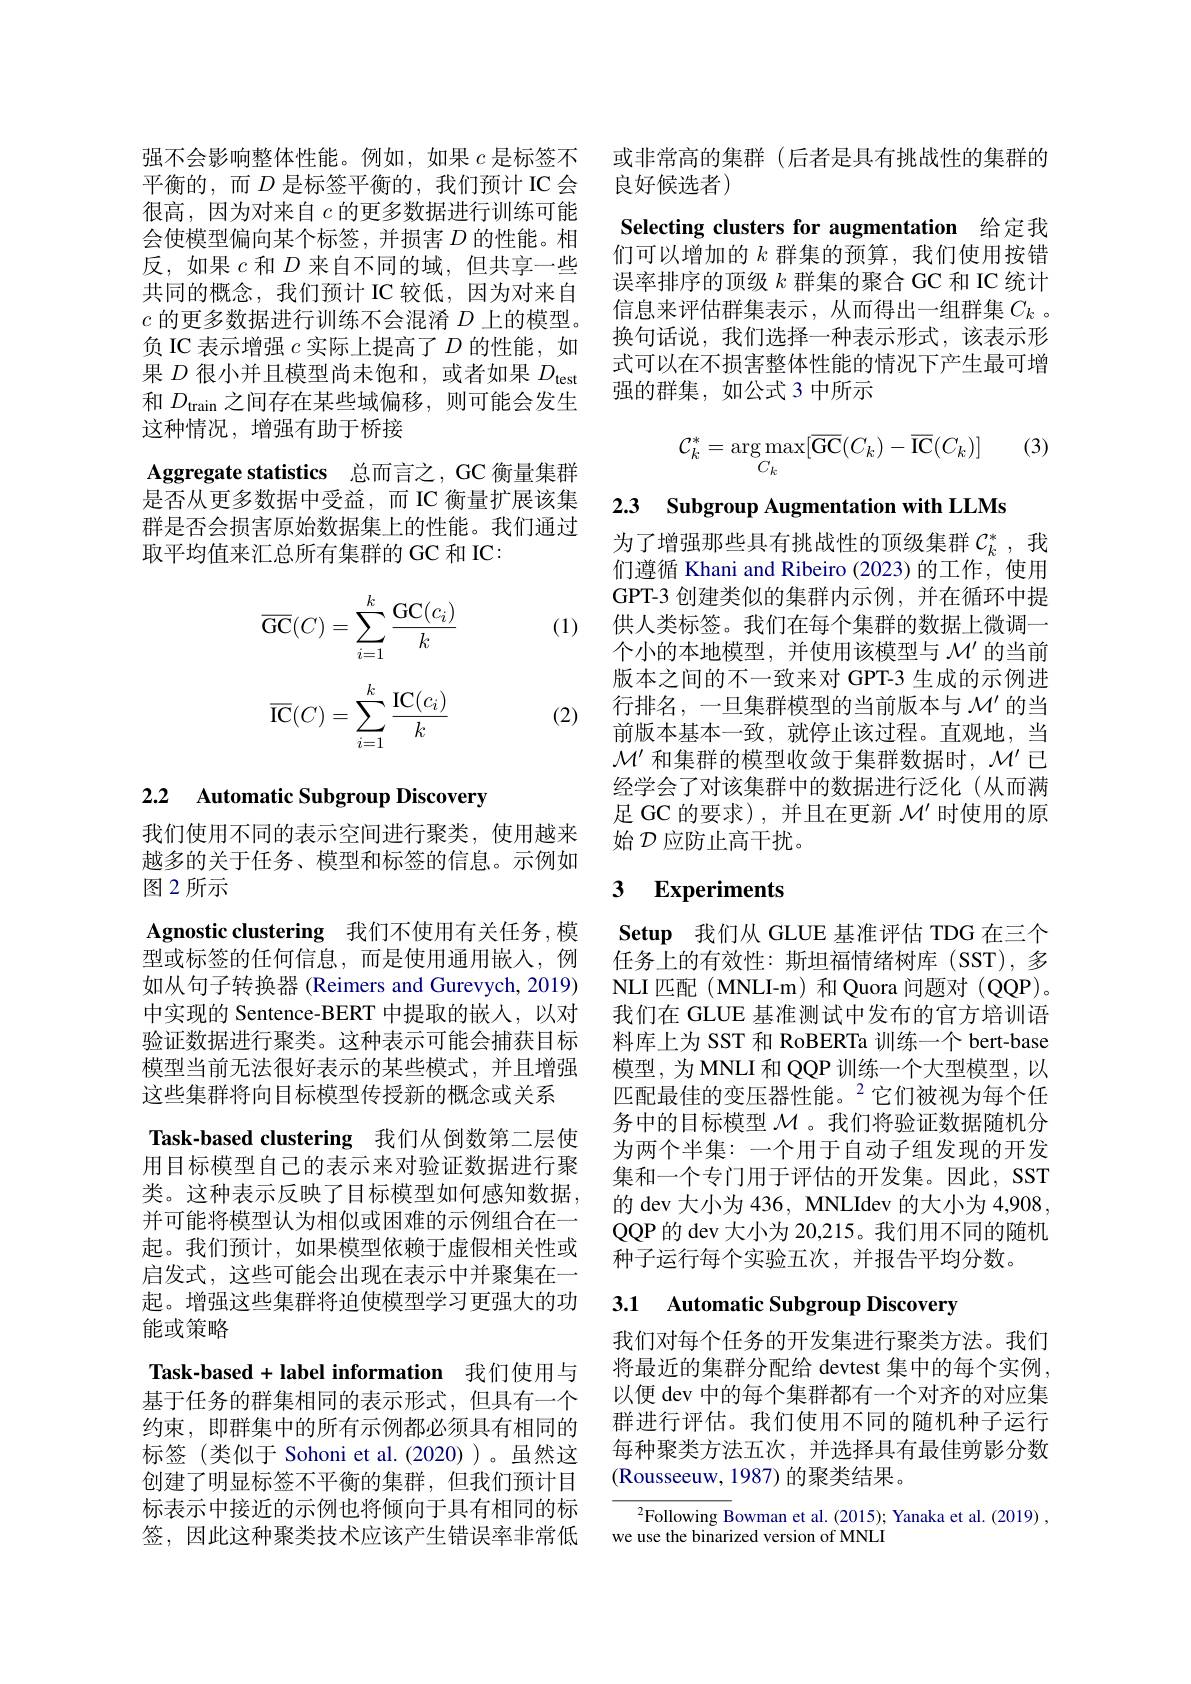
很高，因为对来自$c$的更多数据进行训练可能会使模型偏向某个标签，并损害$D$的性能。相反，如果$c$和$D$来自不同的域，但共享一些共同的概念，我们预计 IC 较低，因为对来自$c$的更多数据进行训练不会混淆$D$上的模型。负 IC 表示增强$c$实际上提高了$D$的性能，如果$D$很小并且模型尚未饱和，或者如果$D_\mathrm{test}$ 和$D_\mathrm{train}$之间存在某些域偏移，则可能会发生这种情况，增强有助于桥接

Aggregate statistics 总而言之，GC 衡量集群

是否从更多数据中受益，而 IC 衡量扩展该集群是否会损害原始数据集上的性能。我们通过取平均值来汇总所有集群的 GC 和 IC:

(1)
$$\overline{\mathrm{GC}}(C)=\sum_{i=1}^k\frac{\mathrm{GC}(c_i)}{k}$$
$$\overline{\mathrm{IC}}(C)=\sum_{i=1}^k\frac{\mathrm{IC}(c_i)}{k}$$
(2)

# 2.2 Automatic Subgroup Discovery

我们使用不同的表示空间进行聚类，使用越来越多的关于任务、模型和标签的信息。示例如图 2 所示

Agnostic clustering 我们不使用有关任务，模型或标签的任何信息，而是使用通用嵌入，例如从句子转换器 (Reimers and Gurevych, 2019) 中实现的 Sentence-BERT 中提取的嵌人，以对验证数据进行聚类。这种表示可能会捕获目标模型当前无法很好表示的某些模式，并且增强这些集群将向目标模型传授新的概念或关系
Task-based clustering 我们从倒数第二层使用目标模型自己的表示来对验证数据进行聚类。这种表示反映了目标模型如何感知数据， 并可能将模型认为相似或困难的示例组合在一起。我们预计，如果模型依赖于虚假相关性或启发式，这些可能会出现在表示中并聚集在一起。增强这些集群将迫使模型学习更强大的功能或策略
$\textbf{Task- based+ label information}$我们使用与基于任务的群集相同的表示形式，但具有一个约束，即群集中的所有示例都必须具有相同的标签(类似于 Sohoni et al.(2020))。虽然这创建了明显标签不平衡的集群，但我们预计目标表示中接近的示例也将倾向于具有相同的标签，因此这种聚类技术应该产生错误率非常低

强不会影响整体性能。例如，如果$c$是标签不 或非常高的集群 (后者是具有挑战性的集群的
平衡的，而$D$ 是标签平衡的，我们预计 IC 会 良好候选者)

Selecting clusters for augmentation 给定我们可以增加的$k$群集的预算，我们使用按错

误率排序的顶级$k$群集的聚合 GC 和 IC 统计信息来评估群集表示，从而得出一组群集$C_k$ 。换句话说，我们选择一种表示形式，该表示形式可以在不损害整体性能的情况下产生最可增强的群集，如公式 3 中所示

(3)
$$\mathcal{C}_k^*=\underset{C_k}{\arg\max}[\overline{\mathrm{GC}}(C_k)-\overline{\mathrm{IC}}(C_k)]$$
2.3 $\textbf{Subgroup Augmentation with LLMs}$

为了增强那些具有挑战性的顶级集群$\mathcal{C}_k^*$,我们遵循 Khani and Ribeiro (2023)的工作，使用GPT-3 创建类似的集群内示例，并在循环中提供人类标签。我们在每个集群的数据上微调一个小的本地模型，并使用该模型与$\mathcal{M}^{\prime}$的当前版本之间的不一致来对 GPT-3 生成的示例进行排名，一旦集群模型的当前版本与$\mathcal{M}^{\prime}$的当前版本基本一致，就停止该过程。直观地，当$\mathcal{M}^{\prime}$和集群的模型收敛于集群数据时，$\mathcal{M}^{\prime}$已经学会了对该集群中的数据进行泛化 (从而满足 GC 的要求),并且在更新$\mathcal{M}^{\prime}$时使用的原始$\mathcal{D}$应防止高干扰。

## 3 $\textbf{Experiments}$

Setup 我们从 GLUE 基准评估 TDG 在三个任务上的有效性：斯坦福情绪树库(SST),多NLI 匹配 (MNLI-m) 和 Quora 问题对 (QQP)。我们在 GLUE 基准测试中发布的官方培训语料库上为 SST 和 RoBERTa 训练一个 bert-base 模型，为 MNLI 和 QQP 训练一个大型模型，以匹配最佳的变压器性能。$^{2}$它们被视为每个任务中的目标模型$\mathcal{M}$ 。我们将验证数据随机分为两个半集：一个用于自动子组发现的开发集和一个专门用于评估的开发集。因此，SST 的 dev 大小为 436, MNLIdev 的大小为 4,908 QQP 的 dev 大小为 20,215。我们用不同的随机种子运行每个实验五次，并报告平均分数。

## 3.1 Automatic Subgroup Discovery

我们对每个任务的开发集进行聚类方法。我们将最近的集群分配给 devtest 集中的每个实例， 以便 dev 中的每个集群都有一个对齐的对应集群进行评估。我们使用不同的随机种子运行每种聚类方法五次，并选择具有最佳剪影分数(Rousseeuw, 1987) 的聚类结果。

${}^{2}$Following Bowman et al.(2015); Yanaka et al.(2019) ,
we use the binarized version of MNLI